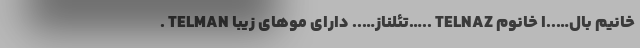
. TELMAN تئلناز….. دارای موهای زیبا….. TELNAZ خانیم بال…..ا خانوم